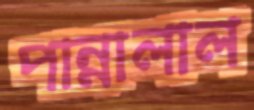
পান্নালাল